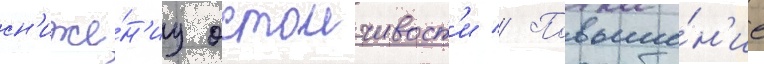
сн'иже́н'иу остоичивост'и // Повыше́н'ие